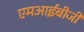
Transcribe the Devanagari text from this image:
एमआईबीजी